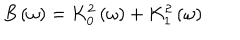
B \left( \omega \right) = K _ { 0 } ^ { 2 } \left( \omega \right) + K _ { 1 } ^ { 2 } \left( \omega \right)